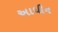
અાધીન